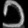
Digit: ၁